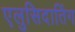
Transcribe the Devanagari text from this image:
एलुसिदातिंग